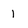
Character: 1